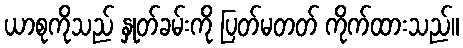
ယာစုကိုသည် နှုတ်ခမ်းကို ပြတ်မတတ် ကိုက်ထားသည်။